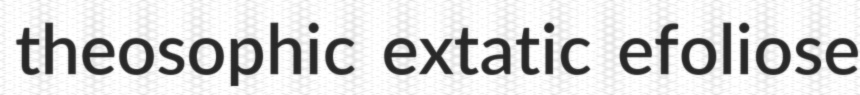
theosophic extatic efoliose